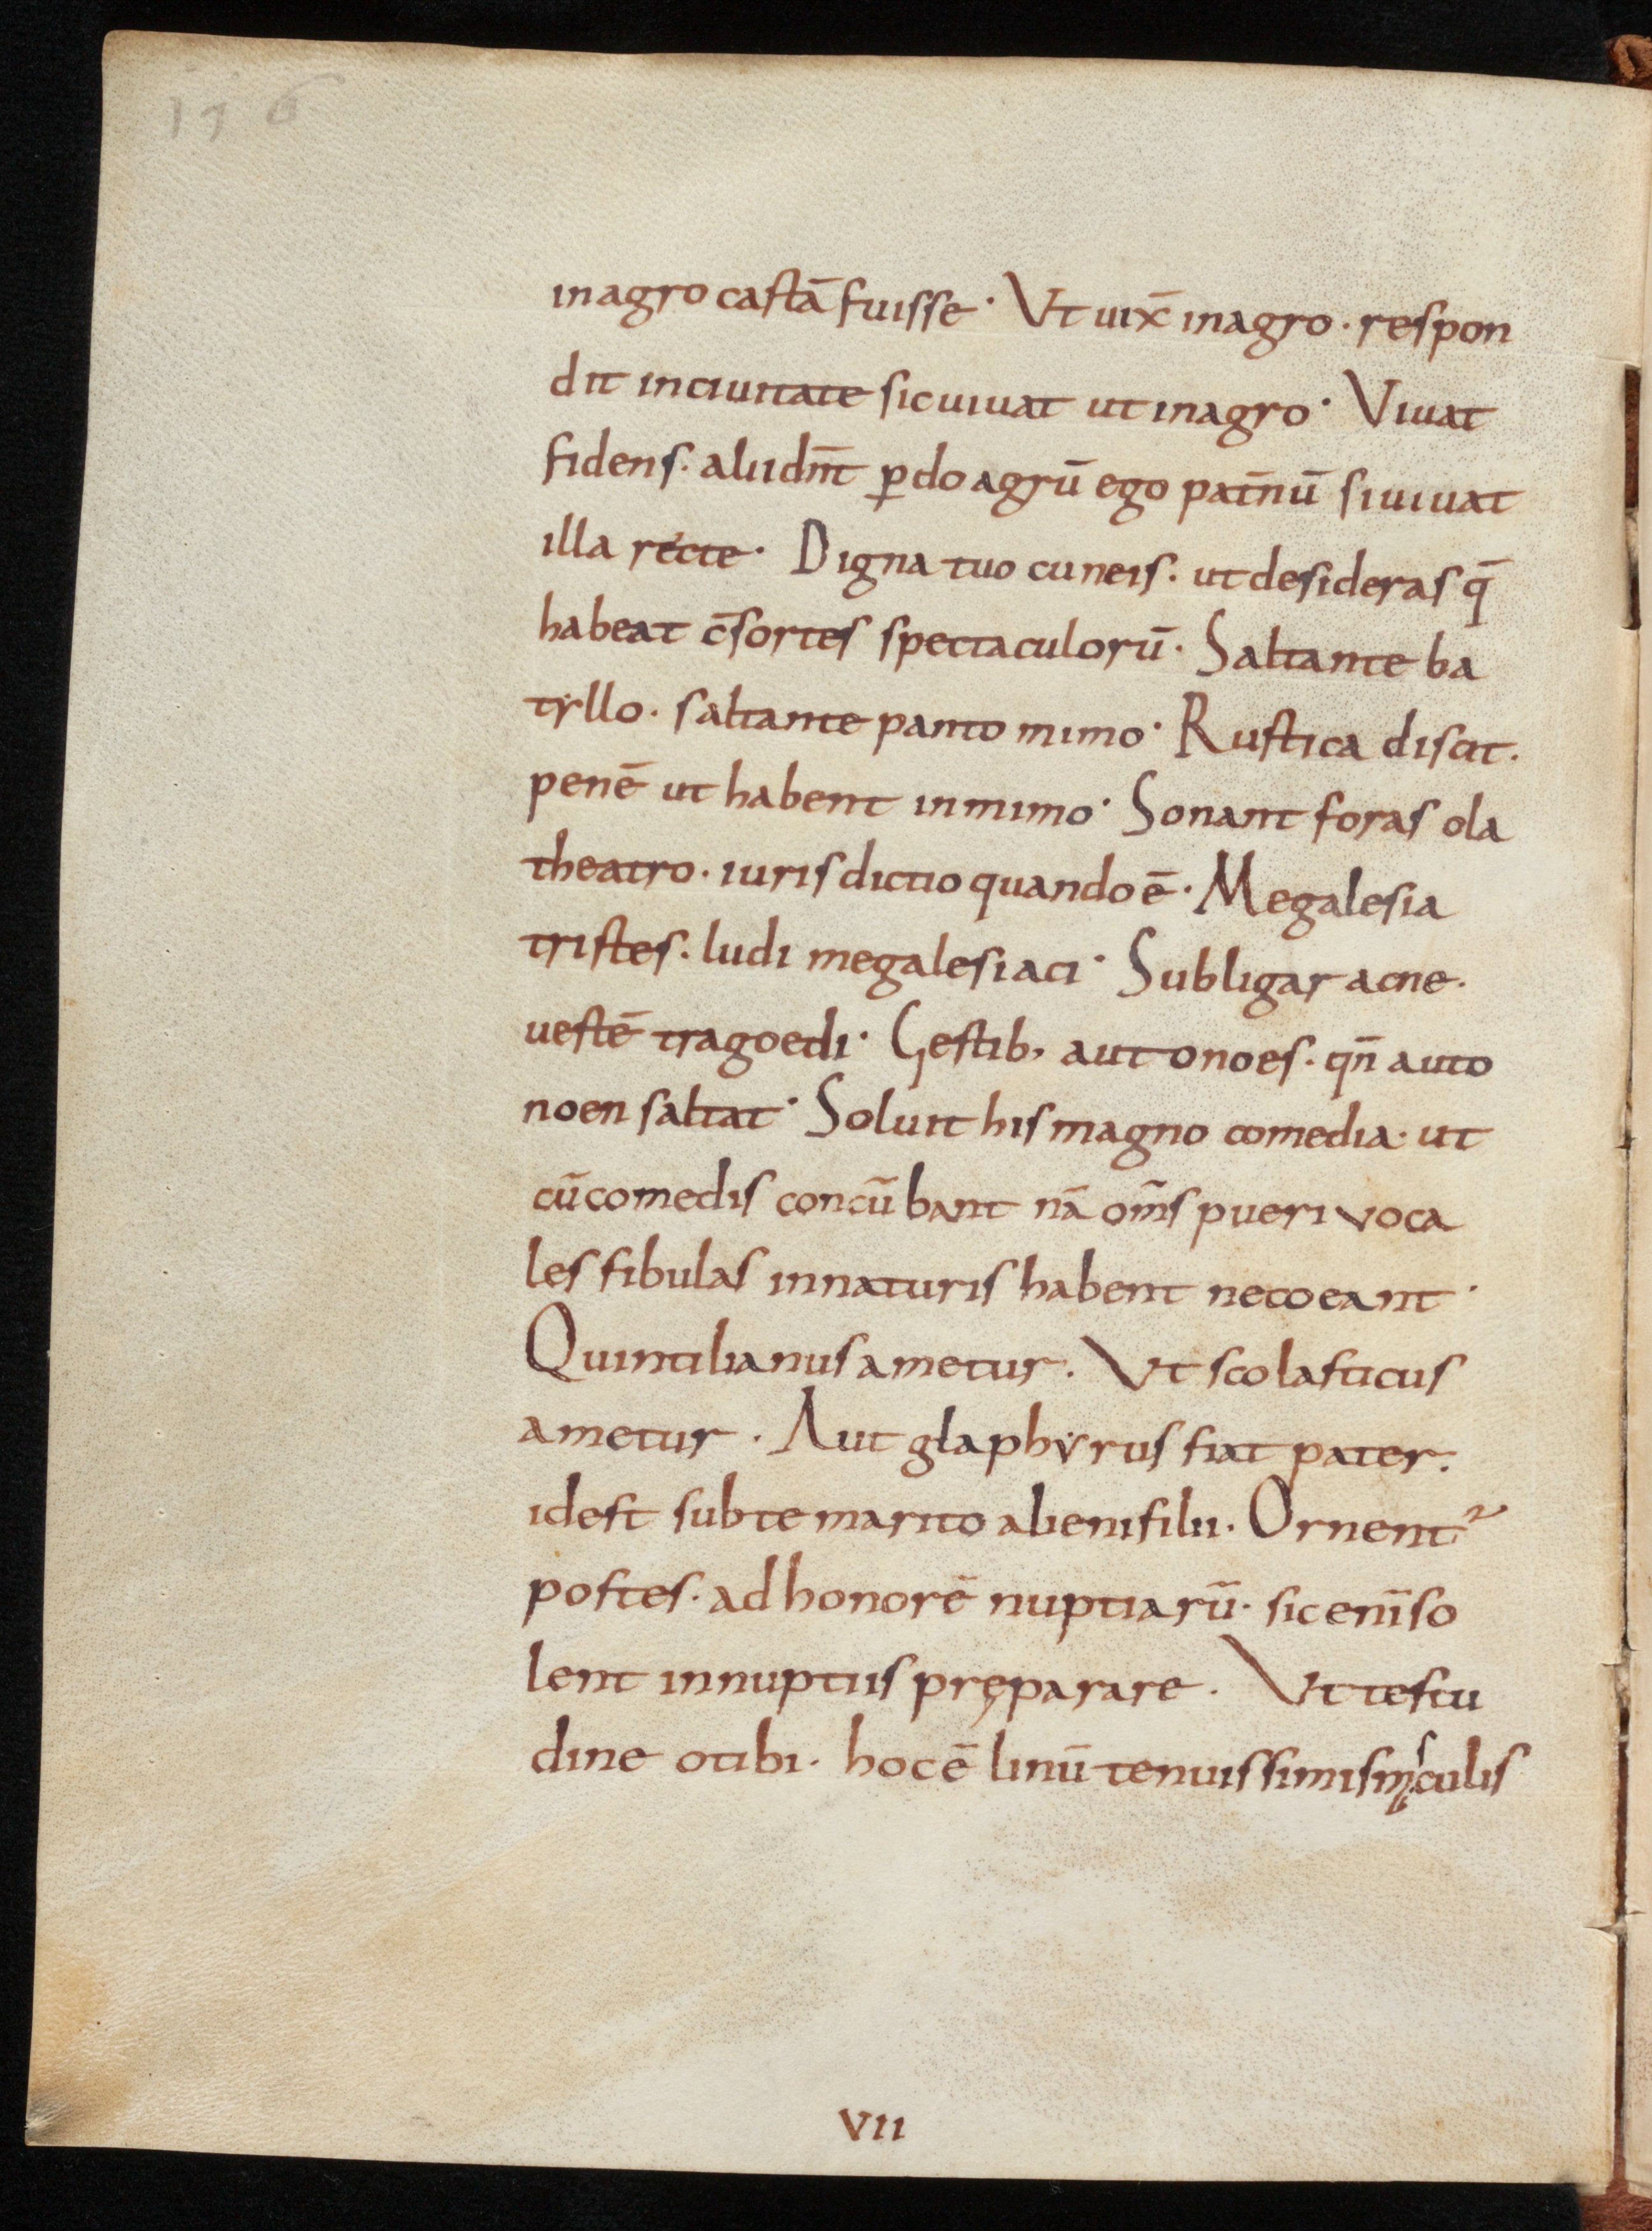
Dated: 800–899